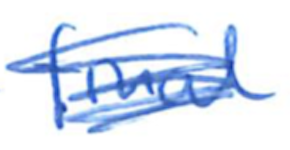
Text: final
Cross-out: scratch
Writing tool: ballpoint